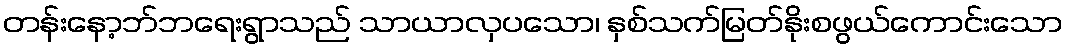
တန်းနော့ဘ်ဘရေးရွာသည် သာယာလှပသော၊ နှစ်သက်မြတ်နိုးစဖွယ်ကောင်းသော